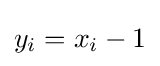
y_{i}=x_{i}-1